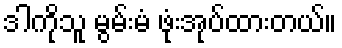
ဒါကိုသူ မွမ်းမံ ဖုံးအုပ်ထားတယ်။